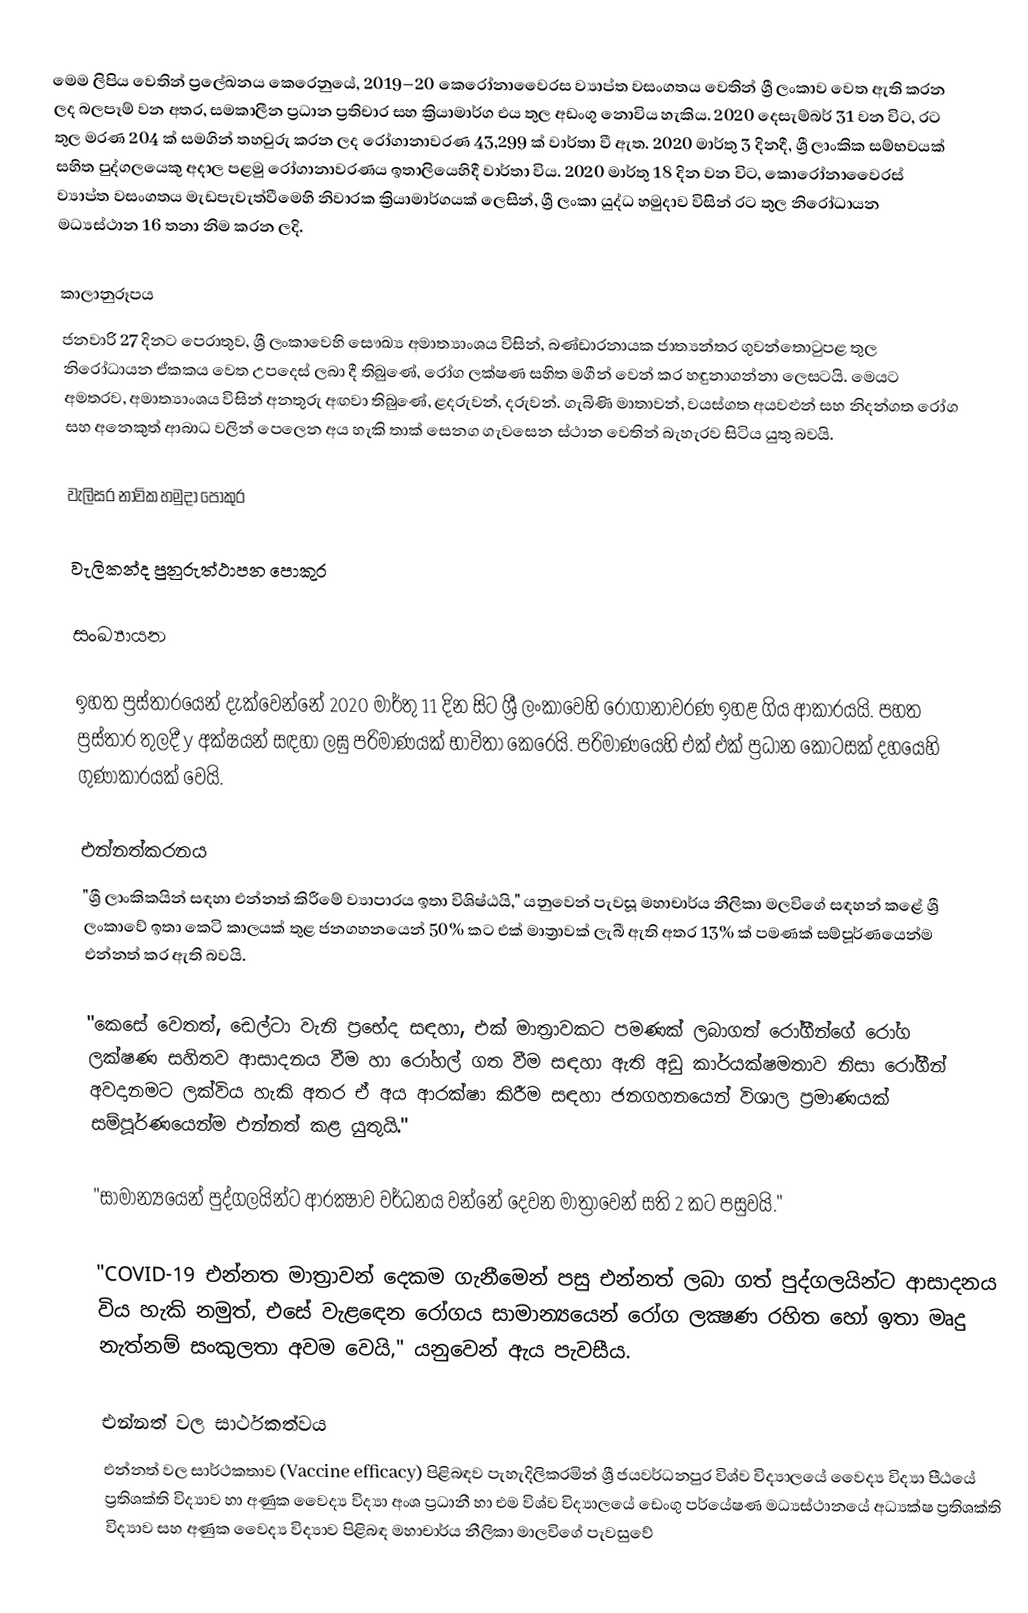
මෙම ලිපිය වෙතින් ප්‍රලේඛනය කෙරෙනුයේ, 2019–20 කෙරෝනාවෛරස ව්‍යාප්ත වසංගතය වෙතින් ශ්‍රී ලංකාව වෙත ඇති කරන ලද බලපෑම් වන අතර, සමකාලීන ප්‍රධාන ප්‍රතිචාර සහ ක්‍රියාමාර්ග එය තුල අඩංගු නොවිය හැකිය. 2020 දෙසැම්බර් 31 වන විට, රට තුල මරණ 204 ක් සමගින් තහවුරු කරන ලද රෝගානාවරණ 43,299 ක් වාර්තා වී ඇත. 2020 මාර්තු 3 දිනදී, ශ්‍රී ලාංකික සම්භවයක් සහිත පුද්ගලයෙකු අදාල පළමු රෝගානාවරණය ඉතාලියෙහිදී වාර්තා විය. 2020 මාර්තු 18 දින වන විට, කොරෝනාවෛරස් ව්‍යාප්ත වසංගතය මැඩපැවැත්වීමෙහි නිවාරක ක්‍රියාමාර්ගයක් ලෙසින්, ශ්‍රී ලංකා යුද්ධ හමුදාව විසින් රට තුල නිරෝධායන මධ්‍යස්ථාන 16 තනා නිම කරන ලදි.

කාලානුරූපය
ජනවාරි 27 දිනට පෙරාතුව, ශ්‍රී ලංකාවෙහි සෞඛ්‍ය අමාත්‍යාංශය විසින්, බණ්ඩාරනායක ජාත්‍යන්තර ගුවන්තොටුපළ තුල නිරෝධායන ඒකකය වෙත උපදෙස් ලබා දී තිබුණේ, රෝග ලක්ෂණ සහිත මගීන් වෙන් කර හඳුනාගන්නා ලෙසටයි. මෙයට අමතරව, අමාත්‍යාංශය විසින් අනතුරු අඟවා තිබුණේ, ළදරුවන්, දරුවන්. ගැබිණි මාතාවන්, වයස්ගත අයවළුන් සහ නිදන්ගත රෝග සහ අනෙකුත් ආබාධ වලින් පෙලෙන අය හැකි තාක් සෙනග ගැවසෙන ස්ථාන වෙතින් බැහැරව සිටිය යුතු බවයි.

වැලිසර නාවික හමුදා පොකුර

වැලිකන්ද පුනුරුත්ථාපන පොකුර

සංඛ්‍යායන

ඉහත ප්‍රස්තාරයෙන් දැක්වෙන්නේ 2020 මාර්තු 11 දින සිට ශ්‍රී ලංකාවෙහි රෝගානාවරණ ඉහළ ගිය ආකාරයයි. පහත ප්‍රස්තාර තුලදී  y අක්ෂයන් සඳහා ලඝු පරිමාණයක් භාවිතා කෙරෙයි. පරිමාණයෙහි එක් එක් ප්‍රධාන කොටසක් දහයෙහි ගුණාකාරයක් වෙයි.

එන්නත්කරනය
"ශ්‍රී ලාංකිකයින් සඳහා එන්නත් කිරීමේ ව්‍යාපාරය ඉතා විශිෂ්ඨයි," යනුවෙන් පැවසූ මහාචාර්ය නීලිකා මලවිගේ සඳහන් කළේ ශ්‍රී ලංකාවේ ඉතා කෙටි කාලයක් තුළ ජනගහනයෙන් 50% කට එක් මාත්‍රාවක් ලැබී ඇති අතර 13% ක් පමණක් සම්පූර්ණයෙන්ම එන්නත් කර ඇති බවයි.

"කෙසේ වෙතත්, ඩෙල්ටා වැනි ප්‍රභේද සඳහා, එක් මාත්‍රාවකට පමණක් ලබාගත් රෝගීන්ගේ රෝග ලක්ෂණ සහිතව ආසාදනය වීම හා රෝහල් ගත වීම සඳහා ඇති අඩු කාර්යක්ෂමතාව නිසා රෝගීන් අවදානමට ලක්විය හැකි අතර ඒ අය ආරක්ෂා කිරීම සඳහා ජනගහනයෙන් විශාල ප්‍රමාණයක් සම්පූර්ණයෙන්ම එන්නත් කළ යුතුයි."

"සාමාන්‍යයෙන් පුද්ගලයින්ට ආරක්‍ෂාව වර්ධනය වන්නේ දෙවන මාත්‍රාවෙන් සති 2 කට පසුවයි."

"COVID-19 එන්නත මාත්‍රාවන් දෙකම ගැනීමෙන් පසු එන්නත් ලබා ගත් පුද්ගලයින්ට ආසාදනය විය හැකි නමුත්, එසේ වැළඳෙන රෝගය සාමාන්‍යයෙන් රෝග ලක්‍ෂණ රහිත හෝ ඉතා මෘදු නැත්නම් සංකුලතා අවම වෙයි," යනුවෙන් ඇය පැවසීය.

එන්නත් වල සාර්ථකත්වය
එන්නත් වල සාර්ථකතාව (Vaccine efficacy) පිළිබඳව පැහැදිලිකරමින් ශ්‍රී ජයවර්ධනපුර විශ්ව විද්‍යාලයේ වෛද්‍ය විද්‍යා පීඨයේ ප්‍රතිශක්ති විද්‍යාව හා අණුක වෛද්‍ය විද්‍යා අංශ ප්‍රධානී හා එම විශ්ව විද්‍යාලයේ ඩෙංගු පර්යේෂණ මධ්‍යස්ථානයේ අධ්‍යක්ෂ ප්‍රතිශක්ති විද්‍යාව සහ අණුක වෛද්‍ය විද්‍යාව පිළිබඳ මහාචාර්ය නීලිකා මාලවිගේ පැවසුවේ